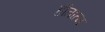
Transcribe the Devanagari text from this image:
हौतात्म